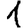
Digit: 1